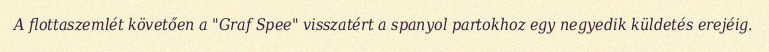
A flottaszemlét követően a "Graf Spee" visszatért a spanyol partokhoz egy negyedik küldetés erejéig.